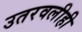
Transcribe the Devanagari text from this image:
उतरवलीही